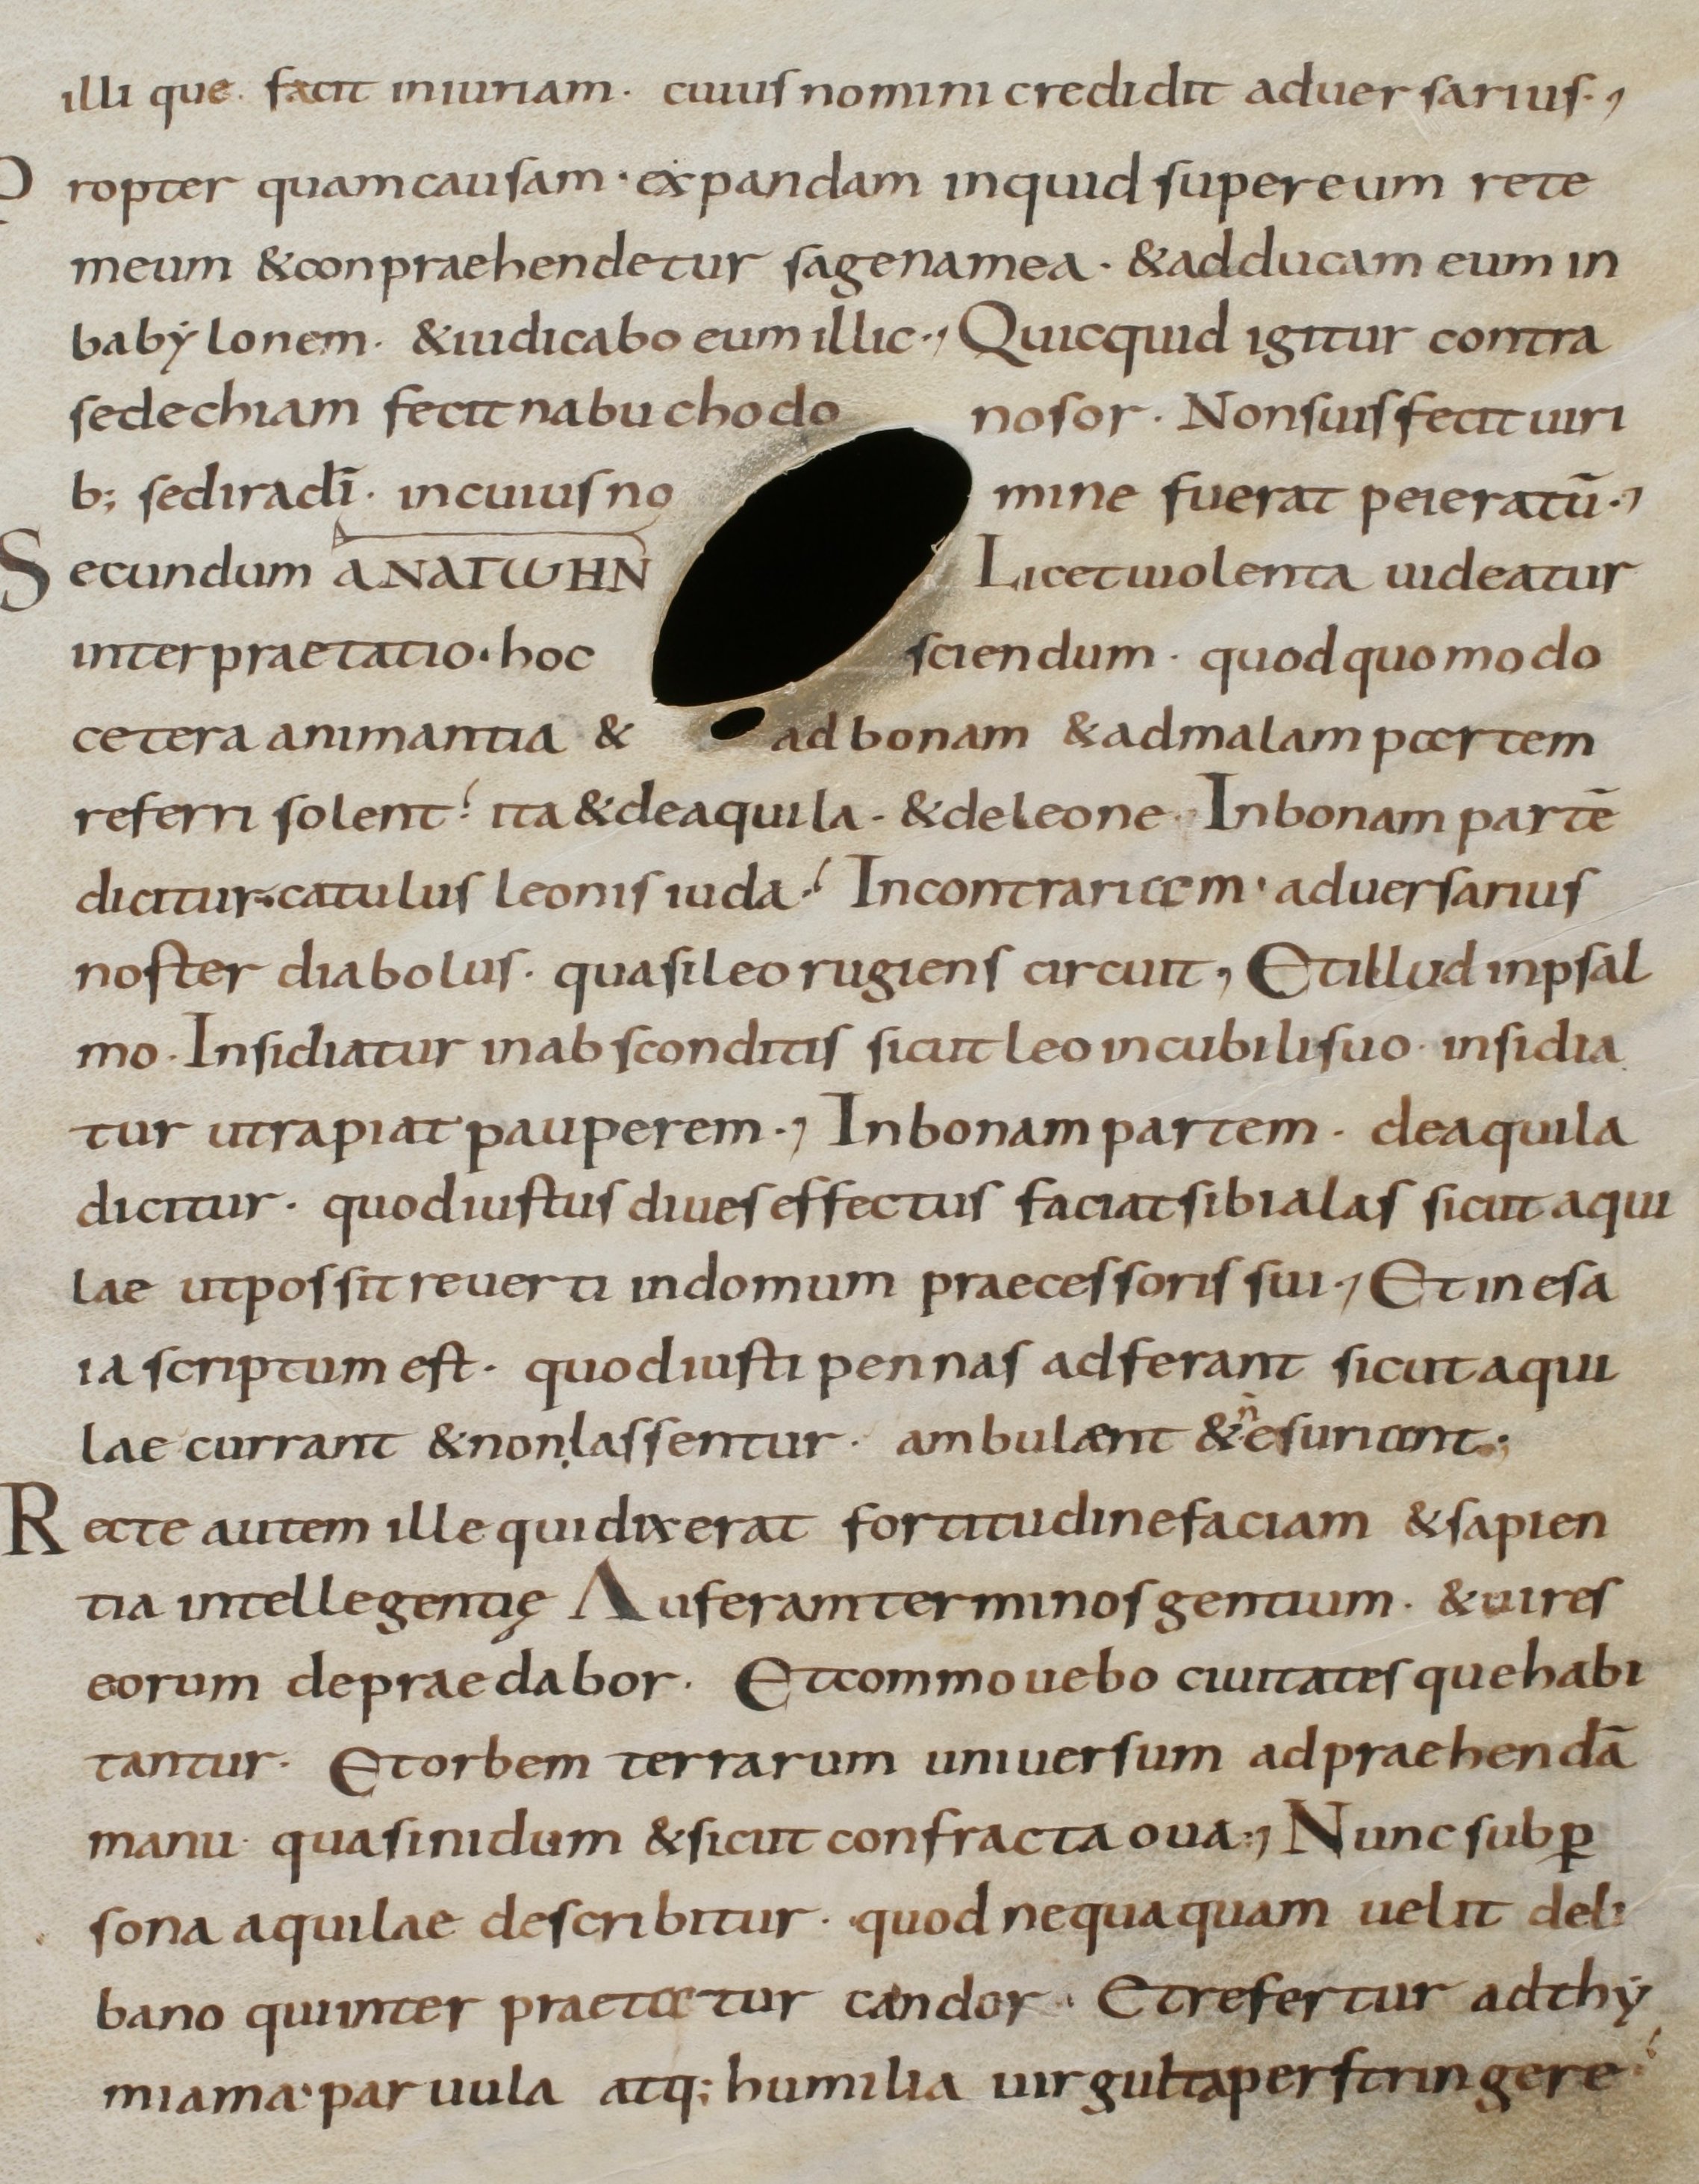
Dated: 800–899